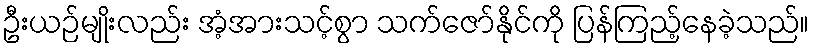
ဦးယဉ်မျိုးလည်း အံ့အားသင့်စွာ သက်ဇော်နိုင်ကို ပြန်ကြည့်နေခဲ့သည်။